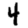
Digit: 4